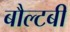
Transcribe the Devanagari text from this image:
बौल्टबी